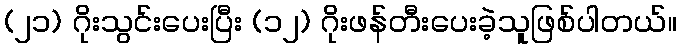
(၂၁) ဂိုးသွင်းပေးပြီး (၁၂) ဂိုးဖန်တီးပေးခဲ့သူဖြစ်ပါတယ်။